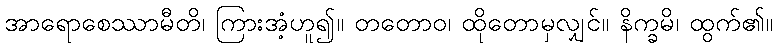
အာရောစေဿာမီတိ၊ ကြားအံ့ဟူ၍။ တတောဝ၊ ထိုတောမှလျှင်။ နိက္ခမိ၊ ထွက်၏။